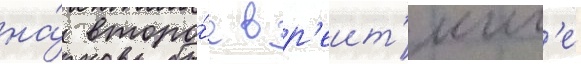
на́ второ́е в р'еит'инг'е